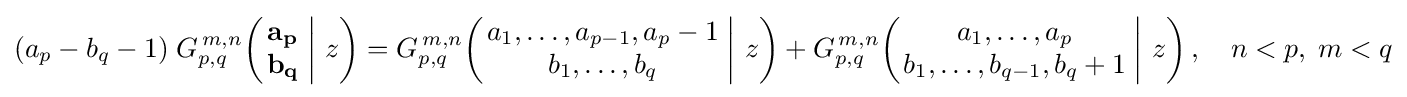
(a_{p}-b_{q}-1)\;G_{p,q}^{\,m,n}\!\left(\left.{\begin{matrix}\mathbf {a_{p}} \\\mathbf {b_{q}} \end{matrix}}\;\right|\,z\right)=G_{p,q}^{\,m,n}\!\left(\left.{\begin{matrix}a_{1},\dots ,a_{p-1},a_{p}-1\\b_{1},\dots ,b_{q}\end{matrix}}\;\right|\,z\right)+G_{p,q}^{\,m,n}\!\left(\left.{\begin{matrix}a_{1},\dots ,a_{p}\\b_{1},\dots ,b_{q-1},b_{q}+1\end{matrix}}\;\right|\,z\right),\quad n<p,\;m<q